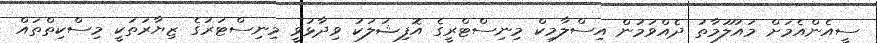
ސީއެންއެމަށް މައުލޫމާތު ދެއްވަމުން އިސްލާމިކް މިނިސްޓްރީގެ އޮފިޝަލަކު ވިދާޅުވީ މިނިސްޓަރުގެ ޒިޔާރަތަކީ މިސްކިތްތައް